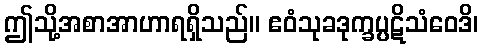
ဤသို့အစာအာဟာရရှိသည်။ ဧဝံသုခဒုက္ခပ္ပဋိသံဝေဒိ၊